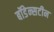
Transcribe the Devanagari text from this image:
बॉडेन्सटीन